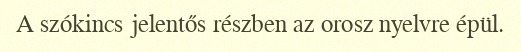
A szókincs jelentős részben az orosz nyelvre épül.